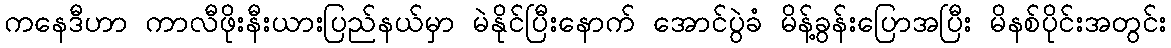
ကနေဒီဟာ ကာလီဖိုးနီးယားပြည်နယ်မှာ မဲနိုင်ပြီးနောက် အောင်ပွဲခံ မိန့်ခွန်းပြောအပြီး မိနစ်ပိုင်းအတွင်း